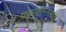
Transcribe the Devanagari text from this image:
प्रकाशनसंस्थेची